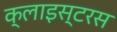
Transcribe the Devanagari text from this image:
क्लाइस्टरस